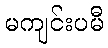
မကျင်းပမီ